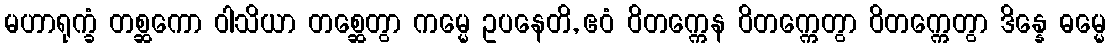
မဟာရုက္ခံ တစ္ဆကော ဝါသိယာ တစ္ဆေတွာ ကမ္မေ ဥပနေတိ, ဧဝံ ဝိတက္ကေန ဝိတက္ကေတွာ ဝိတက္ကေတွာ ဒိန္နေ ဓမ္မေ